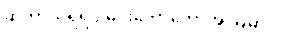
ဆိုတာသိရရင် မင်းတော်တော်အံ့ဩမှာပဲ။